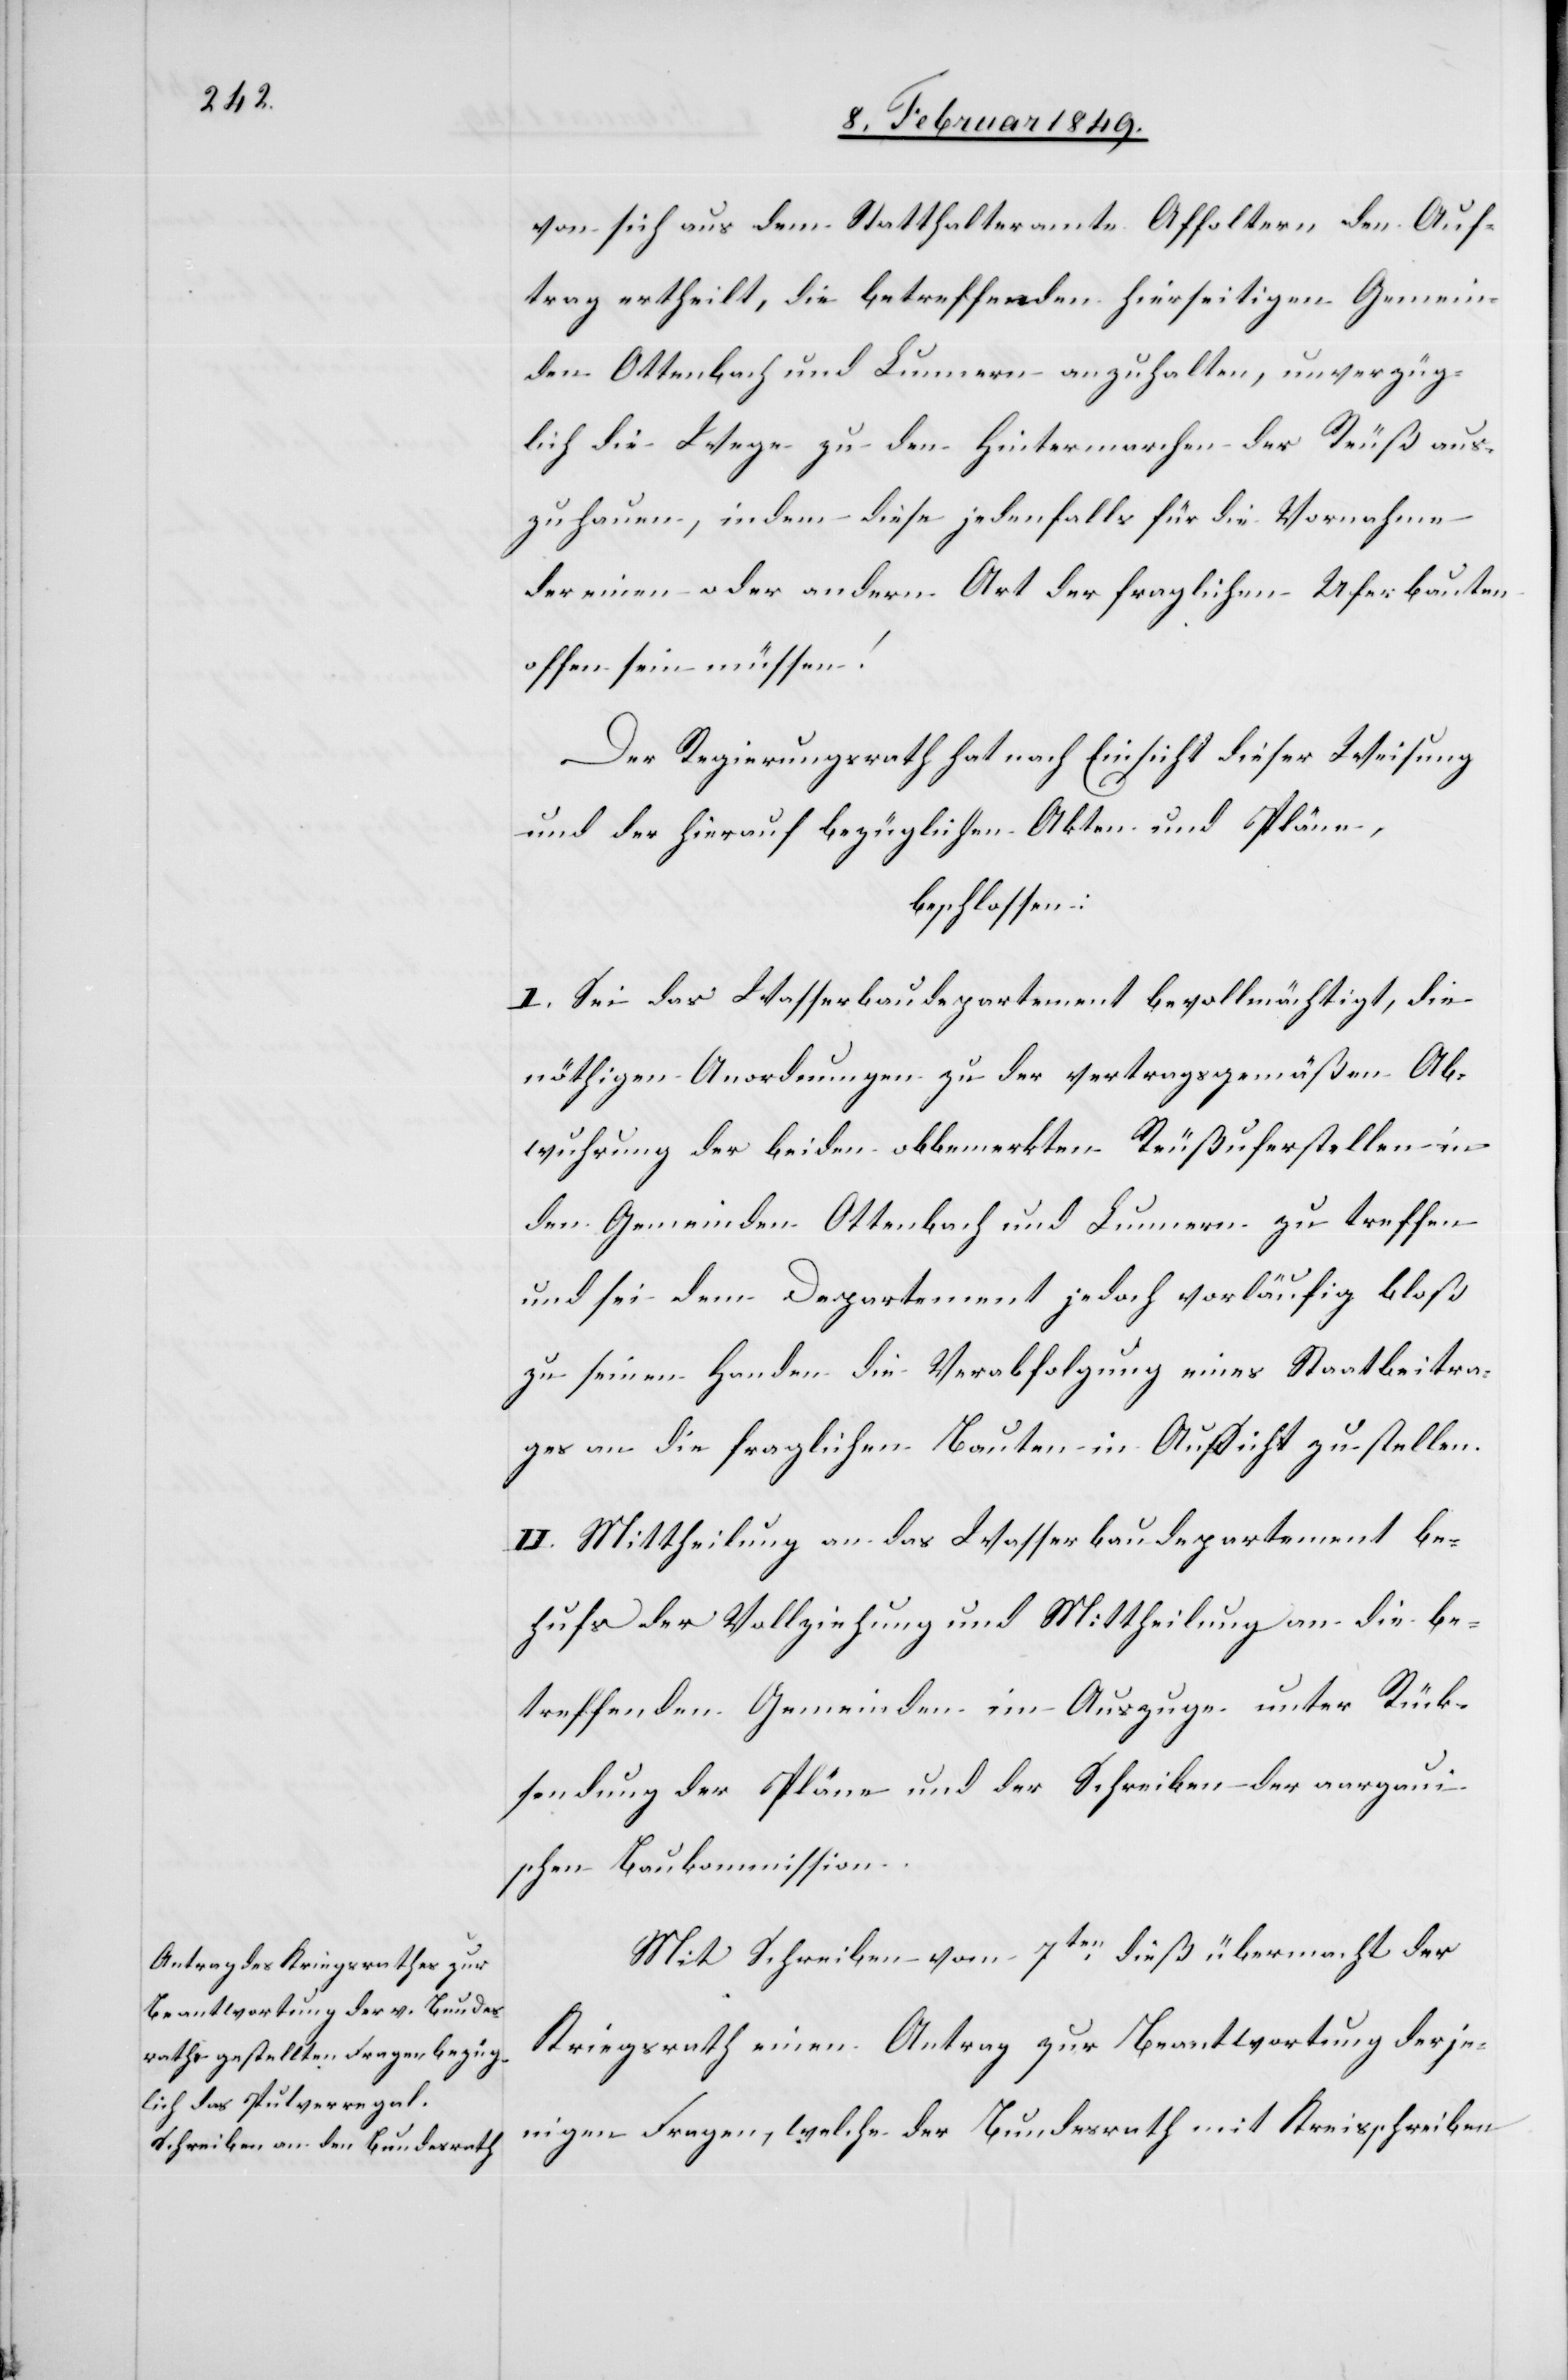
von sich aus dem Statthalteramte Affoltern den Auf¬
trag ertheilt, die betreffenden hierseitigen Gemein¬
den Ottenbach und Lunnern anzuhalten, unverzüg¬
lich die Wege zu den Hintermarchen der Reuß aus¬
zuhauen, indem diese jedenfalls für die Vornahme
der einen oder andern Art der fraglichen Uferbauten
offen sein müssen!
Der Regierungsrath hat nach Einsicht dieser Weisung
und der hierauf bezüglichen Akten und Pläne,
beschlossen:
I. Sei das Wasserbaudepartement bevollmächtigt, die
nöthigen Anordnungen zu der vertragsgemäßen Ab¬
wuhrung der beiden obbemerkten Reußuferstellen in
den Gemeinden Ottenbach und Lunnern zu treffen
und sei dem Departement jedoch vorläufig bloß
zu seinen Handen die Verabfolgung eines Staatsbeitra¬
gs an die fraglichen Bauten in Aussicht zu stellen.
II. Mittheilung an das Wasserbaudepartement be¬
hufs der Vollziehung und Mittheilung an die be¬
treffenden Gemeinden im Auszuge unter Rück¬
sendung der Pläne und der Schreiben der aargaui¬
schen Baukommission.
Mit Schreiben vom 7ten. dieß übermacht der
Kriegsrath einen Antrag zur Beantwortung derje¬
nigen Fragen, welche der Bundesrath mit Kreisschreiben